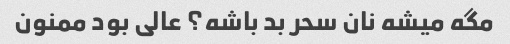
مگه میشه نان سحر بد باشه؟ عالی بود ممنون